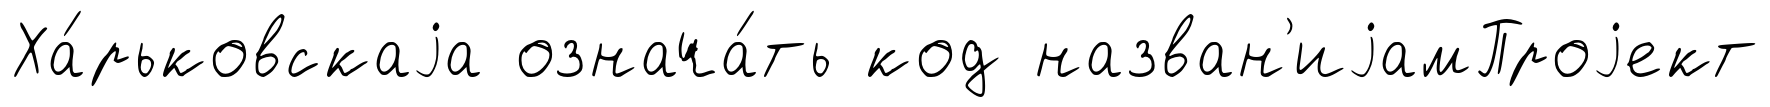
Ха́рьковскаjа означа́ть код назван'иjамПроjект